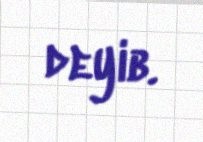
deyib.